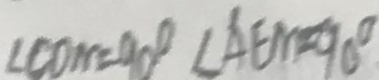
\angle C D M = 9 0 ^ { \circ } \angle A E N = 9 0 ^ { \circ }